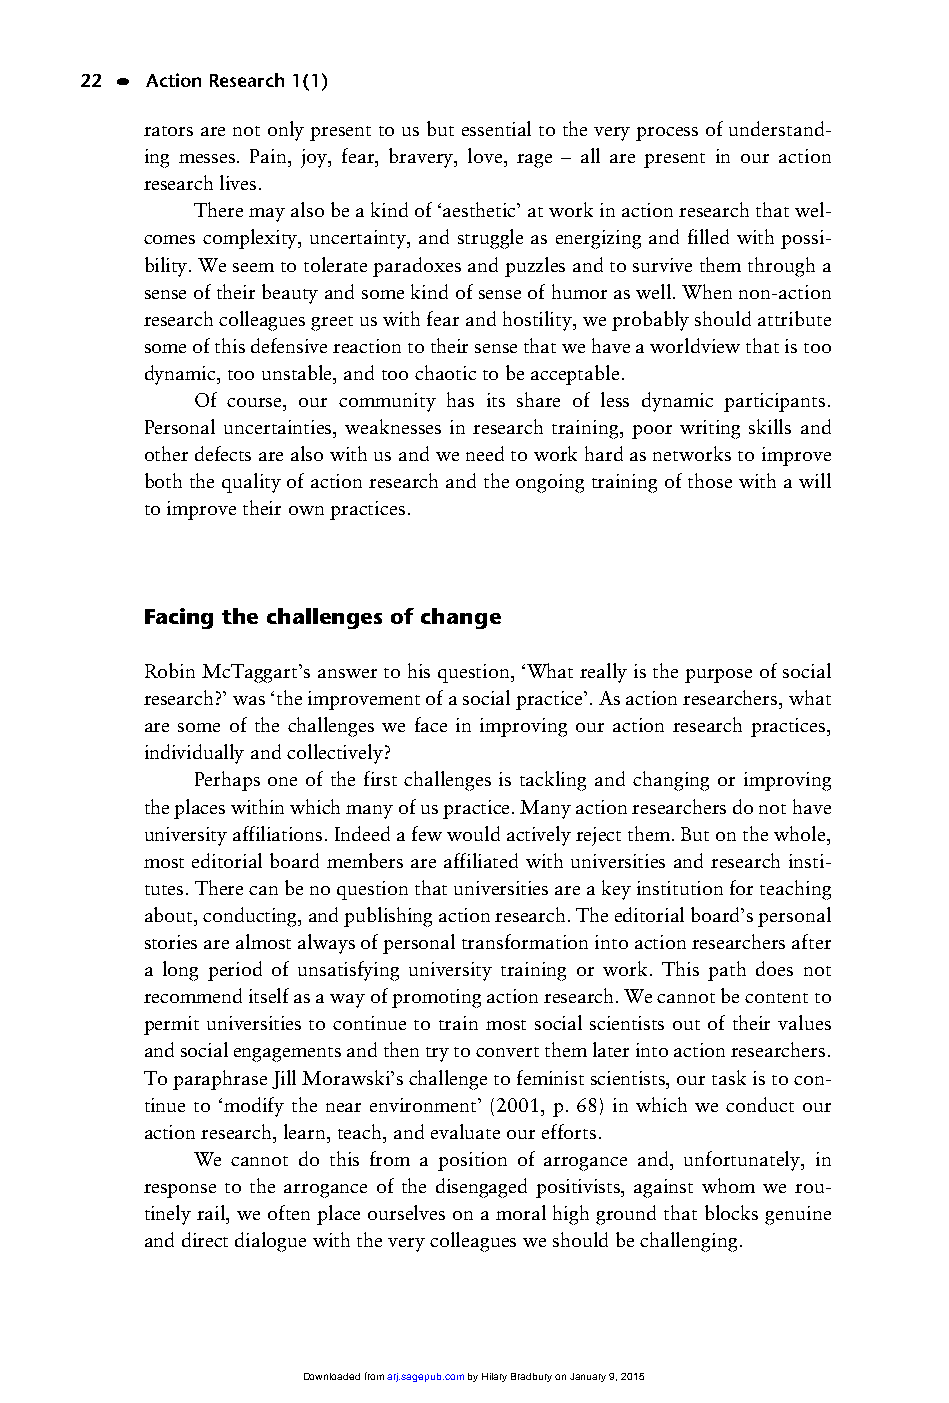
01_ARJ 1/1 16/6/03 9:37 am Page 22
 22 • Action Research 1(1)
 rators are not only present to us but essential to the very process of understand-
 ing messes. Pain, joy, fear, bravery, love, rage – all are present in our action
 research lives.
 There may also be a kind of ‘aesthetic’ at work in action research that wel-
 comes complexity, uncertainty, and struggle as energizing and filled with possi-
 bility. We seem to tolerate paradoxes and puzzles and to survive them through a
 sense of their beauty and some kind of sense of humor as well. When non-action
 research colleagues greet us with fear and hostility, we probably should attribute
 some of this defensive reaction to their sense that we have a worldview that is too
 dynamic, too unstable, and too chaotic to be acceptable.
 Of course, our community has its share of less dynamic participants.
 Personal uncertainties, weaknesses in research training, poor writing skills and
 other defects are also with us and we need to work hard as networks to improve
 both the quality of action research and the ongoing training of those with a will
 to improve their own practices.
 Facing the challenges of change
 Robin McTaggart’s answer to his question, ‘What really is the purpose of social
 research?’ was ‘the improvement of a social practice’. As action researchers, what
 are some of the challenges we face in improving our action research practices,
 individually and collectively?
 Perhaps one of the first challenges is tackling and changing or improving
 the places within which many of us practice. Many action researchers do not have
 university affiliations. Indeed a few would actively reject them. But on the whole,
 most editorial board members are affiliated with universities and research insti-
 tutes. There can be no question that universities are a key institution for teaching
 about, conducting, and publishing action research. The editorial board’s personal
 stories are almost always of personal transformation into action researchers after
 a long period of unsatisfying university training or work. This path does not
 recommend itself as a way of promoting action research. We cannot be content to
 permit universities to continue to train most social scientists out of their values
 and social engagements and then try to convert them later into action researchers.
 To paraphrase Jill Morawski’s challenge to feminist scientists, our task is to con-
 tinue to ‘modify the near environment’ (2001, p. 68) in which we conduct our
 action research, learn, teach, and evaluate our efforts.
 We cannot do this from a position of arrogance and, unfortunately, in
 response to the arrogance of the disengaged positivists, against whom we rou-
 tinely rail, we often place ourselves on a moral high ground that blocks genuine
 and direct dialogue with the very colleagues we should be challenging.
 Downloaded from arj.sagepub.com by Hilary Bradbury on January 9, 2015